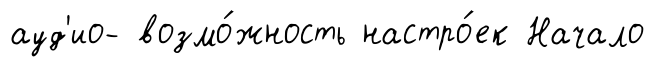
ауд'ио- возмо́жность настро́ек Начало